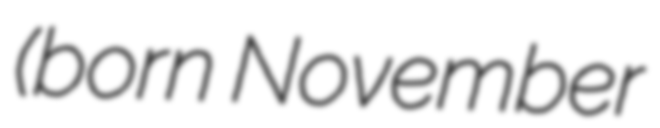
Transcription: (born November